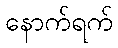
နောက်ရက်